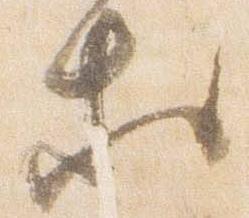
等